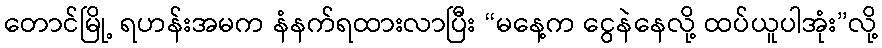
တောင်မြို့ ရဟန်းအမက နံနက်ရထားလာပြီး “မနေ့က ငွေနဲနေလို့ ထပ်ယူပါအုံး”လို့